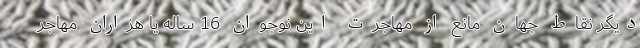
دیگر نقاط جهان مانع از مهاجرت این نوجوان 16 ساله یا هزاران مهاجر